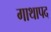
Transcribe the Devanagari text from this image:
गाथापद